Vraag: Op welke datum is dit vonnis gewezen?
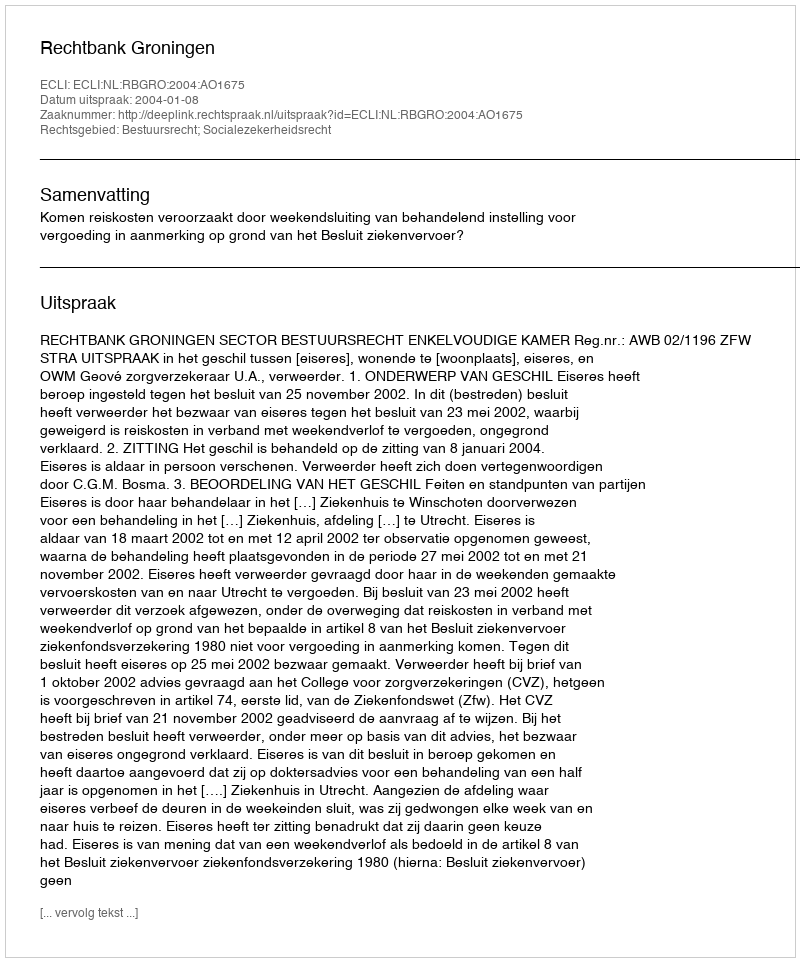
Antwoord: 2004-01-08